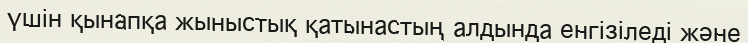
үшін қынапқа жыныстық қатынастың алдында енгізіледі және